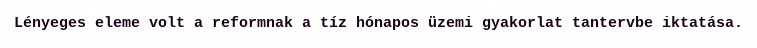
Lényeges eleme volt a reformnak a tíz hónapos üzemi gyakorlat tantervbe iktatása.